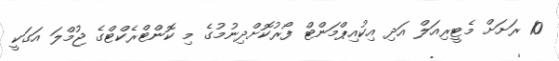
10 ރަށަށް މެޓީރިއަލް އަދި އިކުއިޕްމަންޓް ފޯރުކޮށްދިނުމުގެ މި ކޮންޓްރެކްޓްގެ ޖުމްލަ އަގަކީ